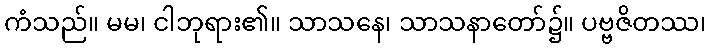
ကံသည်။ မမ၊ ငါဘုရား၏။ သာသနေ၊ သာသနာတော်၌။ ပဗ္ဗဇိတဿ၊